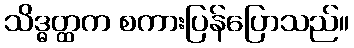
သိဒ္ဓတ္ထက စကားပြန်ပြောသည်။